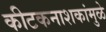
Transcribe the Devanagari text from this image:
कीटकनाशकांमुळे